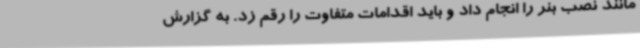
مانند نصب بنر را انجام داد و باید اقدامات متفاوت را رقم زد. به گزارش